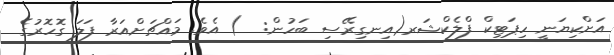
އަށްކިޔަނީ ހިޕަޓިކް ފްލެކްޝަރ(އިނގިރޭސި ބަހުން:  ) އެވެ. މައްޗަށްއަރާ ފަލަ ގޮހޮރުގެ